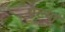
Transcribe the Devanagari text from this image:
थैल्या